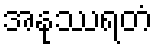
အနုဿရတံ